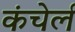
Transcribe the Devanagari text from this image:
कंचेर्ल